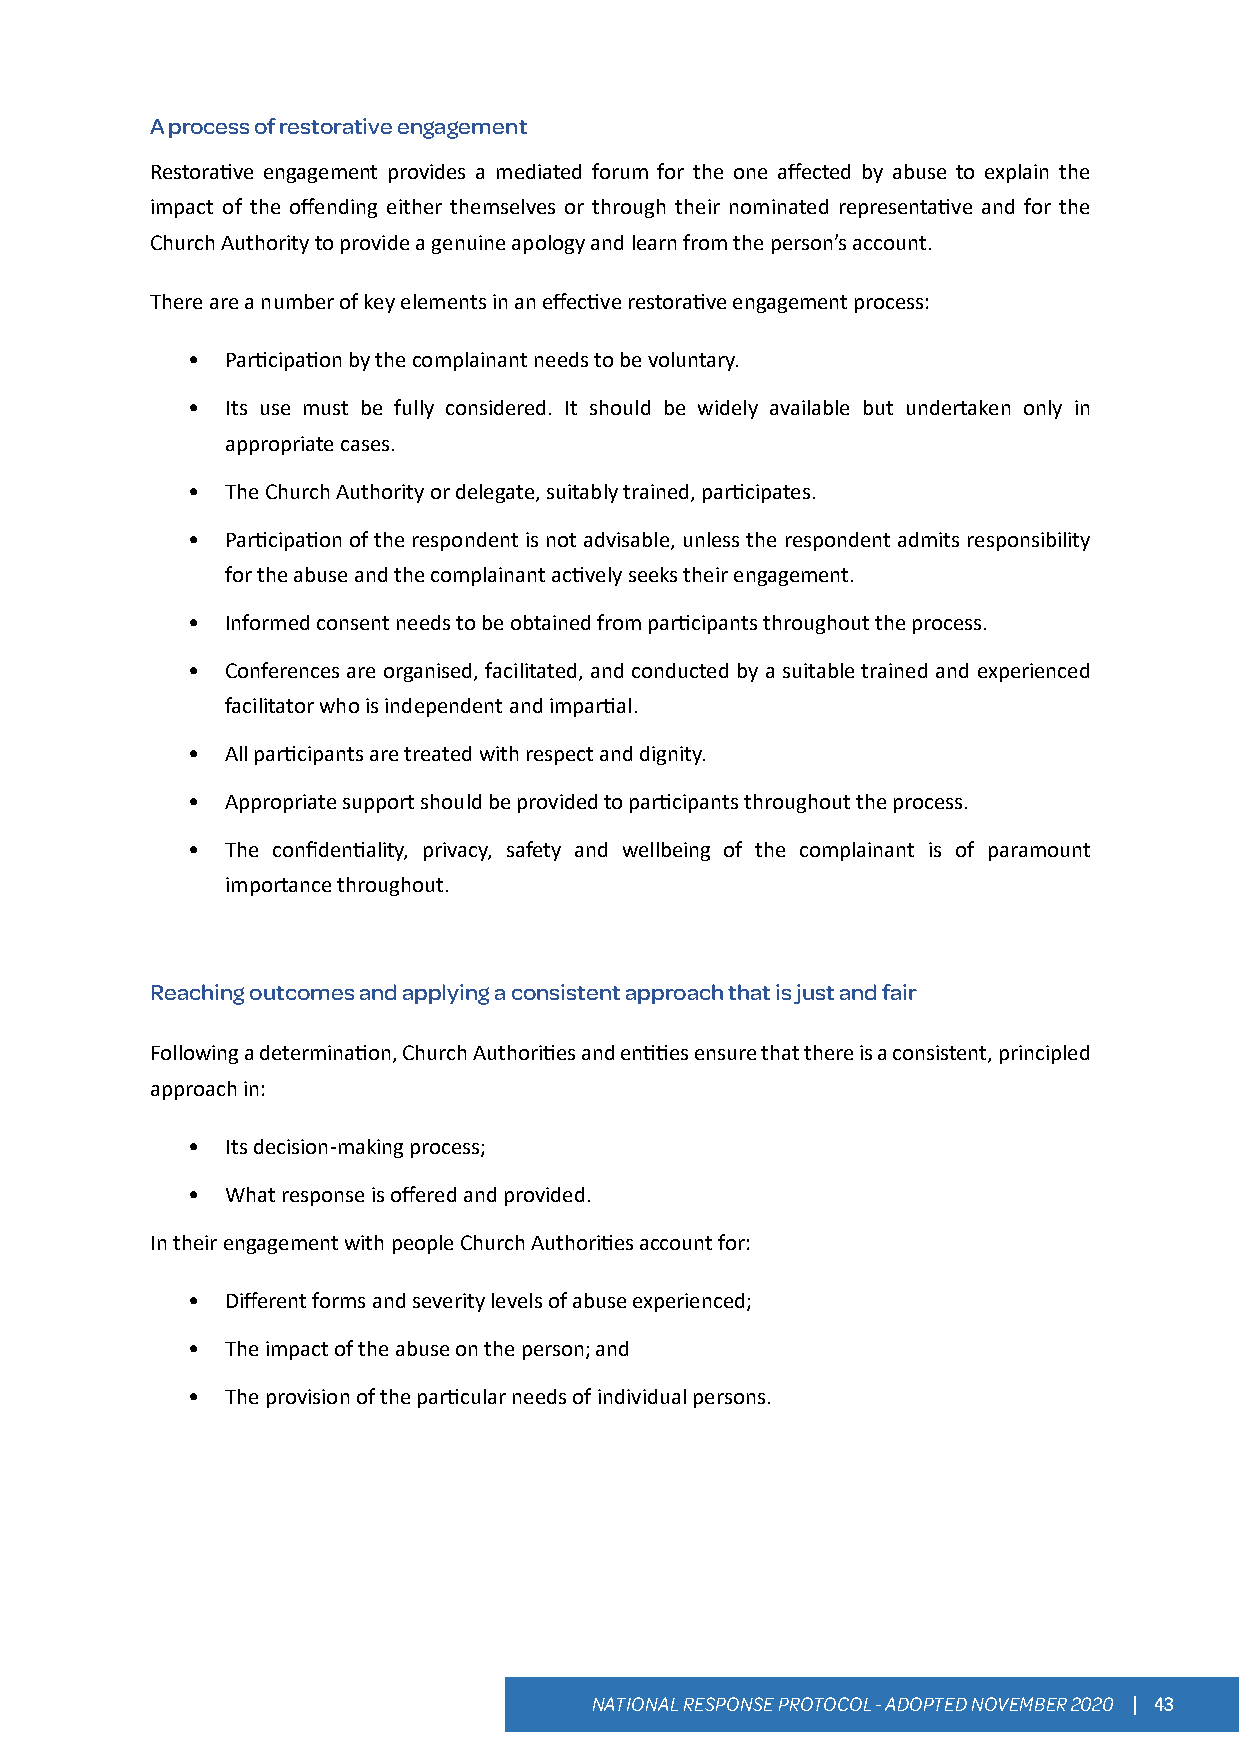
A process of restorative engagement
 Restorative engagement provides a mediated forum for the one affected by abuse to explain the
 impact of the offending either themselves or through their nominated representative and for the
 Church Authority to provide a genuine apology and learn from the person’s account.
 There are a number of key elements in an effective restorative engagement process:
 •  Participation by the complainant needs to be voluntary.
 •  Its use must be fully considered. It should be widely available but undertaken only in
 appropriate cases.
 •  The Church Authority or delegate, suitably trained, participates.
 •  Participation of the respondent is not advisable, unless the respondent admits responsibility
 for the abuse and the complainant actively seeks their engagement.
 •  Informed consent needs to be obtained from participants throughout the process.
 •  Conferences are organised, facilitated, and conducted by a suitable trained and experienced
 facilitator who is independent and impartial.
 •  All participants are treated with respect and dignity.
 •  Appropriate support should be provided to participants throughout the process.
 •  The confidentiality, privacy, safety and wellbeing of the complainant is of paramount
 importance throughout.
 Reaching outcomes and applying a consistent approach that is just and fair
 Following a determination, Church Authorities and entities ensure that there is a consistent, principled
 approach in:
 •  Its decision-making process;
 •  What response is offered and provided.
 In their engagement with people Church Authorities account for:
 •  Different forms and severity levels of abuse experienced;
 •  The impact of the abuse on the person; and
 •  The provision of the particular needs of individual persons.
 NATIONAL RESPONSE PROTOCOL - ADOPTED NOVEMBER 2020 | 43